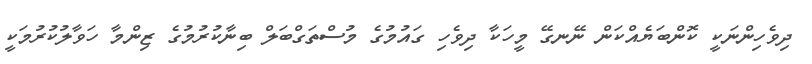
ދިވެހިންނަކީ ކޮންބަޔެއްކަން ނޭނގޭ މީހަކާ ދިވެހި ގައުމުގެ މުސްތަގްބަލް ބިނާކުރުމުގެ ޒިންމާ ހަވާލުކުރުމަކީ